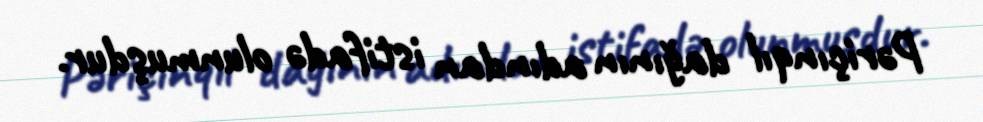
Pəriçınqıl dağının adından istifadə olunmuşdur.